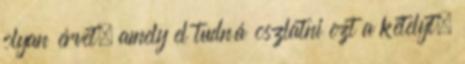
olyan érvet, amely el tudná oszlatni ezt a kételyt,